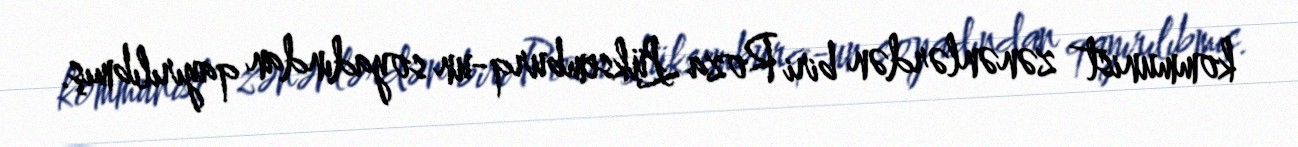
kommunist zənənlərdən biri Roza Lüksemburq-un soyadından qayırılıbmış.